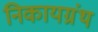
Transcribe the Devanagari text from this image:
निकायग्रंथ